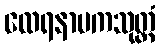
ထေရနာမကသုတ္တံ